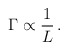
\begin{align*}\Gamma \propto \frac{1}{L} \,. \end{align*}